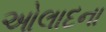
ઓલાદના